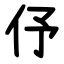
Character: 伃